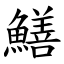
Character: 鱔